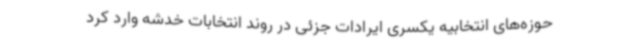
حوزه‌های انتخابیه یکسری ایرادات جزئی در روند انتخابات خدشه وارد کرد